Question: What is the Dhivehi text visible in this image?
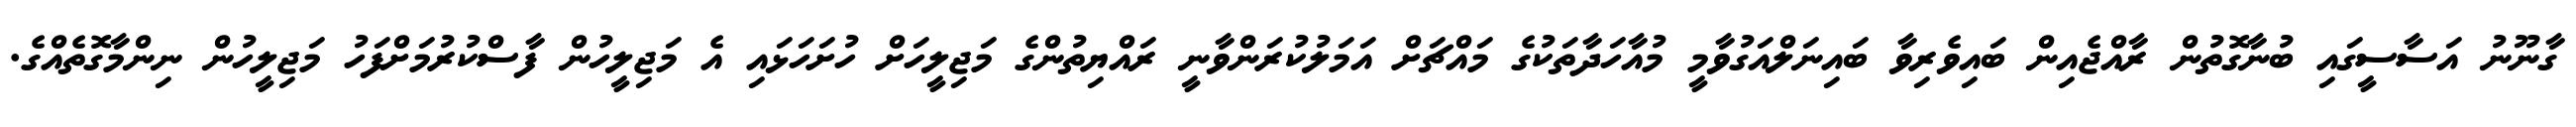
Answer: ގާނޫނު އަސާސީގައި ބުނާގޮތުން ރާއްޖެއިން ބައިވެރިވާ ބައިނަލްއަގުވާމީ މުއާހަދާތަކުގެ މައްޗަށް އަމަލުކުރަންވާނީ ރައްޔިތުންގެ މަޖިލީހަށް ހުށަހަޅައި އެ މަޖިލީހުން ފާސްކުރުމަށްފަހު މަޖިލީހުން ނިންމާގޮތެއްގެ.